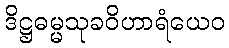
ဒိဋ္ဌဓမ္မသုခဝိဟာရံယေဝ